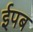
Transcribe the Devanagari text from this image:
ईपब